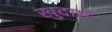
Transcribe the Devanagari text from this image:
खुदाएॅ